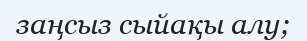
заңсыз сыйақы алу;